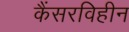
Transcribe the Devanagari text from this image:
कैंसरविहीन